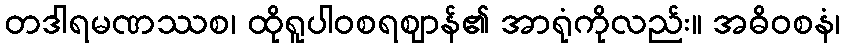
တဒါရမဏဿစ၊ ထိုရူပါဝစရဈာန်၏ အာရုံကိုလည်း။ အဓိဝစနံ၊